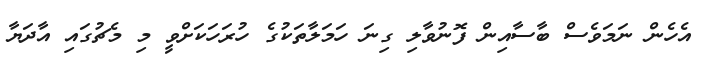
އެހެން ނަމަވެސް ބާސާއިން ފޮނުވާލި ގިނަ ހަމަލާތަކުގެ ހުރަހަކަށްވީ މި މެޗުގައި އާދަޔާ